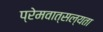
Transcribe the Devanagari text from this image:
प्रेमवात्सल्यता